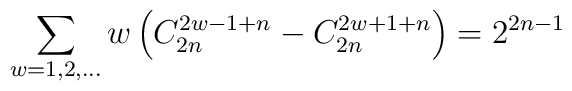
\sum_{w=1,2,\ldots}w\left(C_{2n}^{2w-1+n}-C_{2n}^{2w+1+n}\right)=2^{2n-1}